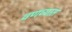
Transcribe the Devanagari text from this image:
वणव्यात